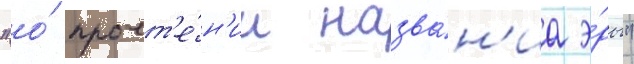
"о́ прочт'е́н'ии назва́н'иа э́ры"